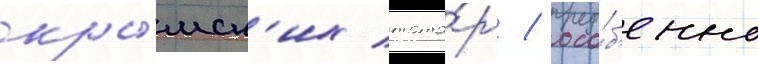
кры́мск'их тата́р / осо́б'енно